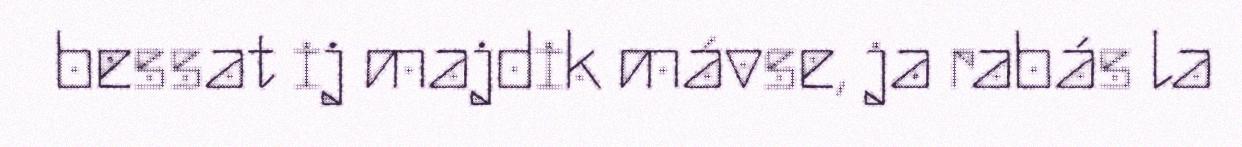
bessat ij majdik mávse, ja rabás la